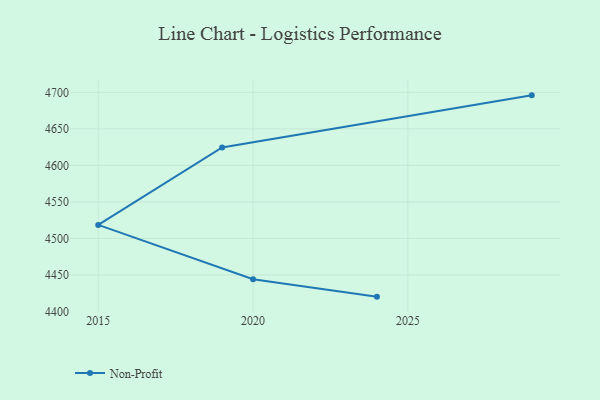
{"axis": {"x": "Year", "y": "Page Views"}, "legend": ["Non-Profit"], "data": [{"x": "2024", "y": 4420.3, "type": "Non-Profit"}, {"x": "2020", "y": 4444.1, "type": "Non-Profit"}, {"x": "2015", "y": 4518.5, "type": "Non-Profit"}, {"x": "2019", "y": 4624.5, "type": "Non-Profit"}, {"x": "2029", "y": 4695.9, "type": "Non-Profit"}]}